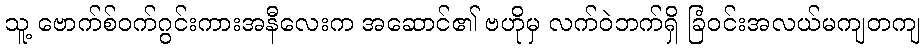
သူ့ ဗောက်စ်ဝက်ဂွင်းကားအနီလေးက အဆောင်၏ ဗဟိုမှ လက်ဝဲဘက်ရှိ ခြံဝင်းအလယ်မကျတကျ